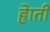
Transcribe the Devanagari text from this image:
हेाती